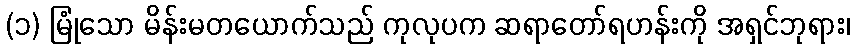
(၁) မြုံသော မိန်းမတယောက်သည် ကုလုပက ဆရာတော်ရဟန်းကို အရှင်ဘုရား၊